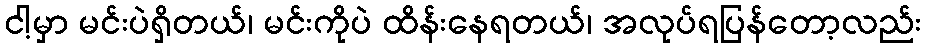
ငါ့မှာ မင်းပဲရှိတယ်၊ မင်းကိုပဲ ထိန်းနေရတယ်၊ အလုပ်ရပြန်တော့လည်း